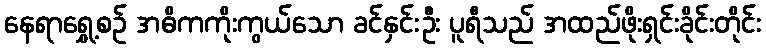
နေရာရွှေ့စဉ် အဓိကကိုးကွယ်သော ခင်နှင်းဦး ပူရီသည် အထည်ဖိုးရှင်းခိုင်းတိုင်း